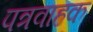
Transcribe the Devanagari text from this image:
पत्रवाहक